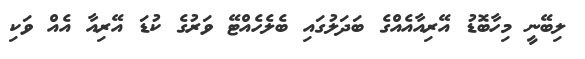
ލިބޭނީ މިހާބޮޑު އޭރިއާއެއްގެ ބަދަލުގައި ބެލެހެއްޓޭ ވަރުގެ ކުޑަ އޭރިއާ އެއް ވަކި